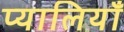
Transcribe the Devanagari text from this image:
प्यालियाँ